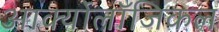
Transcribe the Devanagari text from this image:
आर्क्योलॉजिकल